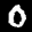
Label: 0